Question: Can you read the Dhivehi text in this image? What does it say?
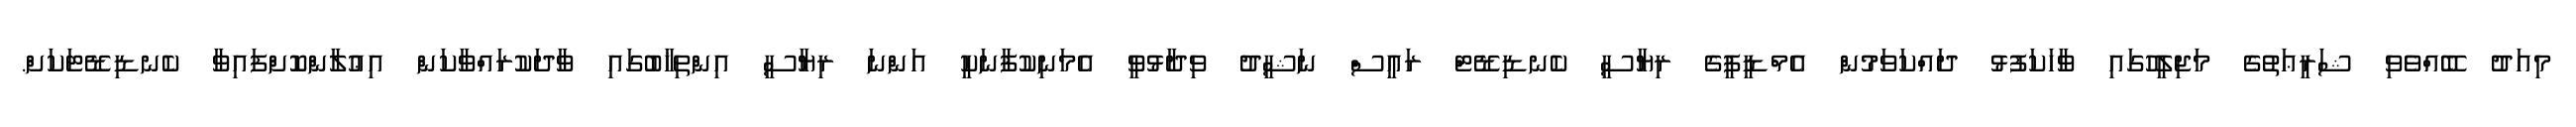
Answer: މިއަދު ބޭއްވެވި ޝަރީޢަތުގެ މަޖިލީހުގައި ވާހަކަފުޅު ދައްކަވަމުން އެމްޑީޕީގެ ރިޔާސީ ކެނޑިޑޭޓް ރައީސް ނަޝީދު ވިދާޅުވީ އެމަނިކުފާނަކީ އަންނަ ރިޔާސީ އިންތިޚާބުގައި ވާދަކުރައްވާކަން އިޢުލާންކޮށްފައިވާ ކެނޑިޑޭޓަކަށް.